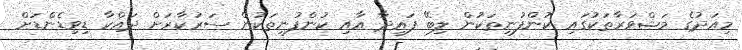
މިއަދުގެ މަޝްވަރާތަކުގައި ކުންފުނިތަކުން ލިބޭ ފައިދާ އާއި ކުންފުނިތަކުން ސަރުކާރަށް ދައްކާ ޑިވިޑެންޑަށް